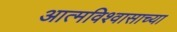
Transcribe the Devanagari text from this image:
आत्मविश्वासाच्या